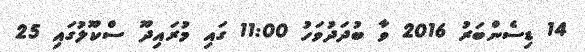
14 ޑިސެންބަރު 2016 ވާ ބުދަދުވަހު 11:00 ގައި މުރައިދޫ ސްކޫލުގައި 25